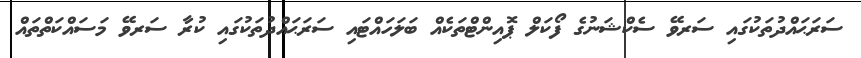
ސަރަޙައްދުތަކުގައި ސަރވޭ ސެކްޝަނުގެ ފޯކަލް ޕޮއިންޓްތަކެއް ބަލަހައްޓައި ސަރަޙައްދުތަކުގައި ކުރާ ސަރވޭ މަސައްކަތްތައް